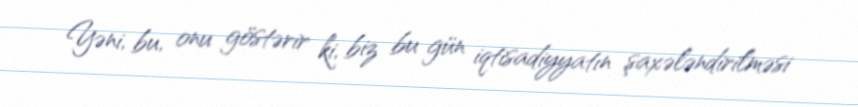
Yəni, bu, onu göstərir ki, biz bu gün iqtisadiyyatın şaxələndirilməsi